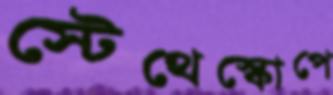
স্টেথেস্কোপে